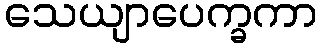
သေယျာပေက္ခကာ